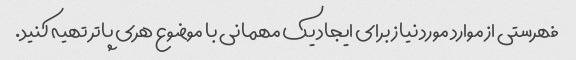
فهرستی از موارد مورد نیاز برای ایجاد یک مهمانی با موضوع هری پاتر تهیه کنید.